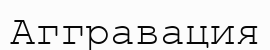
Аггравация